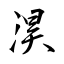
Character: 淏